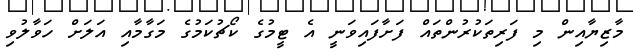
މާޒިޔާއިން މި ފަރިތަކުރުންތައް ފަށާފައިވަނީ އެ ޓީމުގެ ކޯޗުކަމުގެ މަގާމާއި އަލަށް ހަވާލުވި